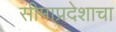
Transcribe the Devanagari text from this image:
सीमाप्रदेशाचा